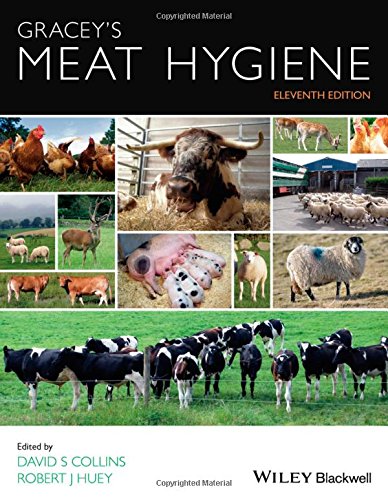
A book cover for Gracey's Meat Hygiene; Medical Books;